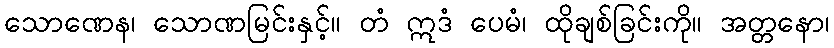
သောဏေန၊ သောဏမြင်းနှင့်။ တံ ဣဒံ ပေမံ၊ ထိုချစ်ခြင်းကို။ အတ္တနော၊